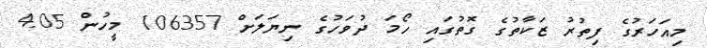
މިއަހަރުގެ ފިތުރު ޒަކާތުގެ ގޮތުގައި ހޯމަ ދުވަހުގެ ނިޔަލަށް 106357 މީހުން 4.05